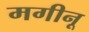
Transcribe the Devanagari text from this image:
मगीनू